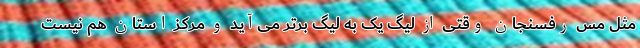
مثل مس رفسنجان وقتی از لیگ یک به لیگ برتر می‌آید و مرکز استان هم نیست